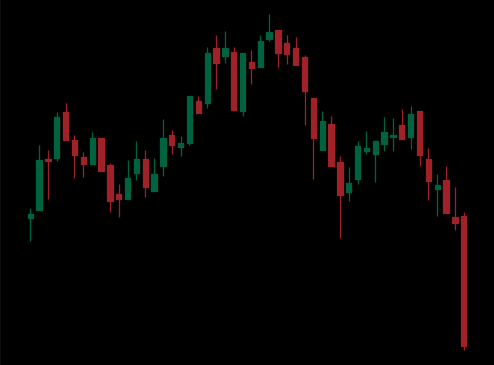
Pattern: head_shoulders